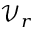
\mathcal { V } _ { r }